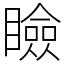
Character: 瞼